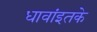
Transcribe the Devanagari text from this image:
धावांइतके